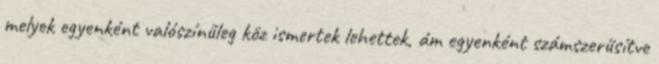
melyek egyenként valószínű­leg köz is­mertek lehettek, ám egyenként számszerűsítve